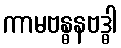
ကာမဗန္ဓနဗဒ္ဓါ